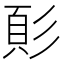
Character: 𩑘